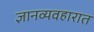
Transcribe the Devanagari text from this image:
ज्ञानव्यवहारात